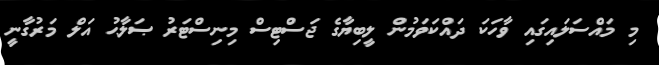
މި މައްސަލައިގައި ވާހަކަ ދައްކަވަމުން ލީބިޔާގެ ޖަސްޓިސް މިނިސްޓަރު ޞަލާޙު އަލް މަރުގާނީ